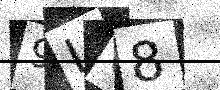
Text: 9LO8